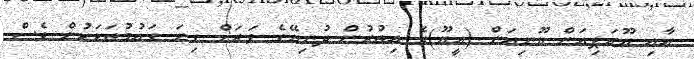
އާއި ޔޫރަޕިއަން ޔޫނިއަން (އީޔޫ)ގެ އިތުރުން ދުނިޔޭގެ ވަރަށް ގިނަ ގައުމުތަކަކުން ވެސް